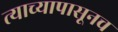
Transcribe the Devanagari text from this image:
त्याच्यापासूनच